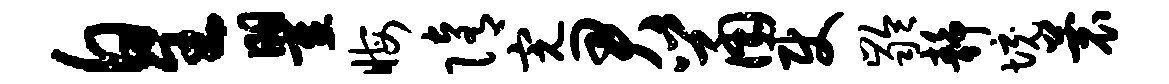
皇瞿晦隋完君鼠使龄静境蓑